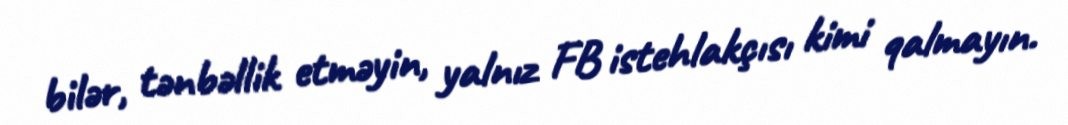
bilər, tənbəllik etməyin, yalnız FB istehlakçısı kimi qalmayın.